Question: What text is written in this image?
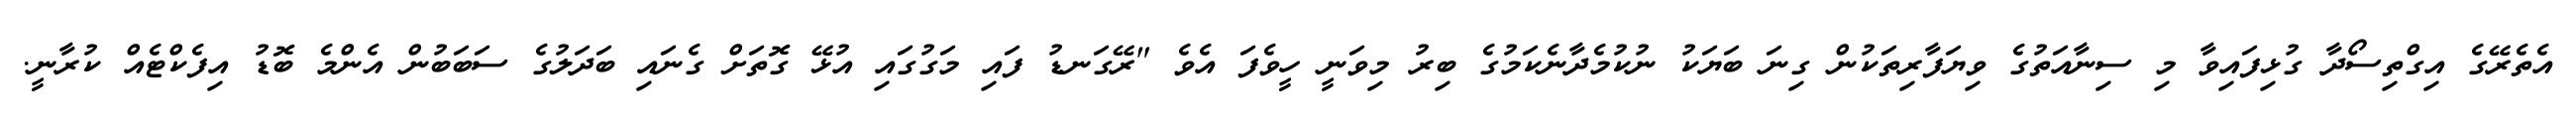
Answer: އެތެރޭގެ އިގްތިސޯދާ ގުޅިފައިވާ މި ސިނާއަތުގެ ވިޔަފާރިތަކުން ގިނަ ބަޔަކު ނުކުމެދާނެކަމުގެ ބިރު މިވަނީ ހީވެފަ އެވެ "ރޭގަނޑު ފައި މަގުގައި އުޅޭ ގޮތަށް ގެނައި ބަދަލުގެ ސަބަބުން އެންމެ ބޮޑު އިފެކްޓެއް ކުރާނީ.